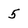
Character: 5